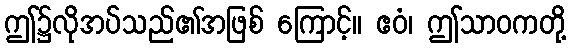
ဤ၌လိုအပ်သည်၏အဖြစ် ကြောင့်။ ဧဝံ၊ ဤသာဝကတို့